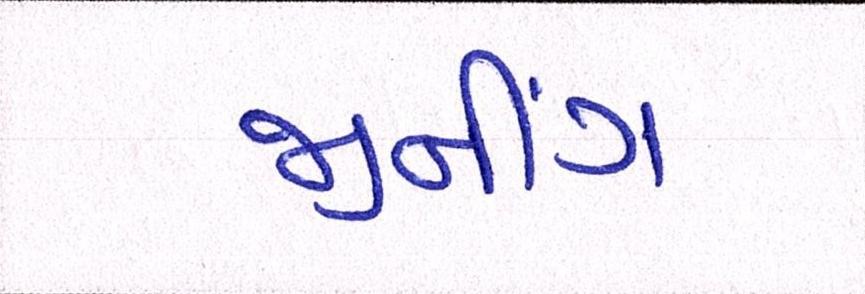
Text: જીનીંગ